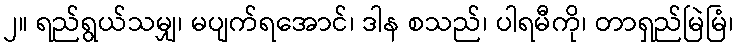
၂။ ရည်ရွယ်သမျှ၊ မပျက်ရအောင်၊ ဒါန စသည်၊ ပါရမီကို၊ တာရှည်မြဲမြံ၊